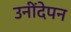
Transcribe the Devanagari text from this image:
उनींदेपन